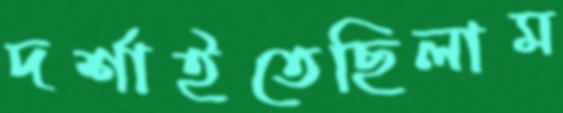
দর্শাইতেছিলাম